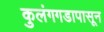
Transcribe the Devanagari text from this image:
कुलंगगडापासून